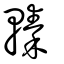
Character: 轃